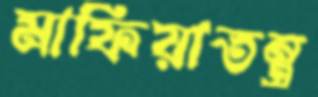
মাফিয়াতন্ত্র